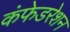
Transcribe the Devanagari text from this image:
कंफेडरेशन